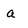
Character: a